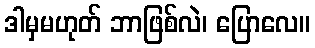
ဒါမှမဟုတ် ဘာဖြစ်လဲ၊ ပြောလေ။